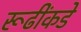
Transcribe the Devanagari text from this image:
रूढींकडे